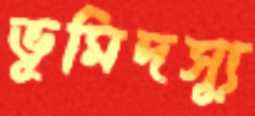
ভূমিদস্যূ